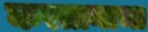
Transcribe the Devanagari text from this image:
करतानाचा